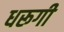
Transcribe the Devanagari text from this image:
धरूगी